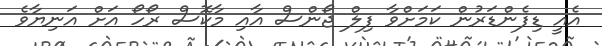
އެއީ ޑިފެންޑަރުން ކަމަށްވާ ފިލް ޖޯންސް އާއި މާކޮސް ރޯހޯ އަށް އަނިޔާވެ